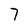
Character: 7